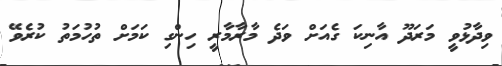
ވިދާޅުވީ މަރަދޫ އާނިކަ ގެއަށް ވަދެ މާރާމާރީ ހިންގި ކަމަށް ތުހުމަތު ކުރެވޭ